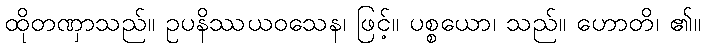
ထိုတဏှာသည်။ ဥပနိဿယဝသေန၊ ဖြင့်။ ပစ္စယော၊ သည်။ ဟောတိ၊ ၏။